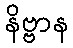
နိဗ္ဗာန